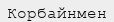
Корбайнмен